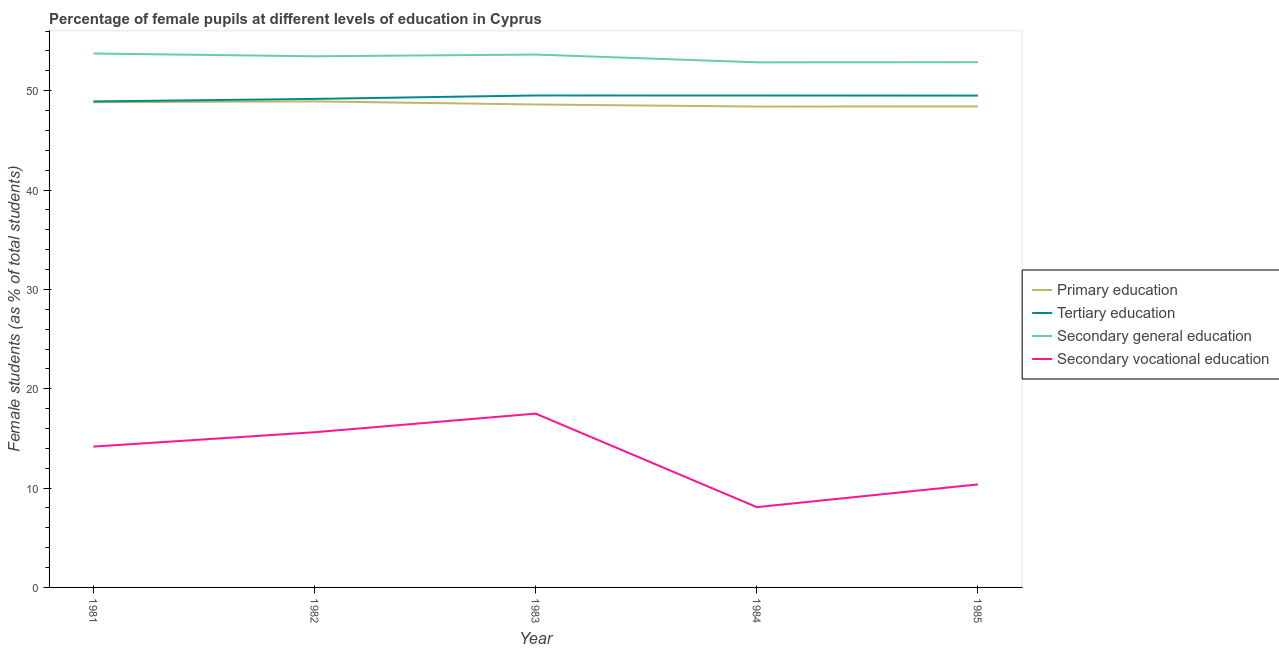
| Year | Primary education | Tertiary education | Secondary general education | Secondary vocational education |
 | --- | --- | --- | --- | --- |
 | 1981 | 48.8 | 48.9 | 53.7 | 14.2 |
 | 1982 | 48.9 | 49.2 | 53.5 | 15.6 |
 | 1983 | 48.6 | 49.5 | 53.6 | 17.5 |
 | 1984 | 48.4 | 49.5 | 52.9 | 8.08 |
 | 1985 | 48.4 | 49.5 | 52.9 | 10.4 |